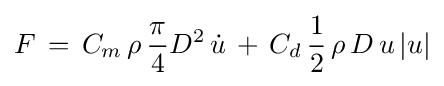
F\,=\,C_{m}\,\rho \,{\frac {\pi }{4}}D^{2}\,{\dot {u}}\,+\,C_{d}\,{\frac {1}{2}}\,\rho \,D\,u\,|u|